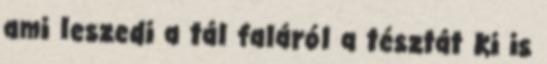
ami leszedi a tál faláról a tésztát Ki is